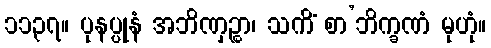
၁၁၃၇။ ပုနပ္ပုနံ အဘိဏှဉ္စာ၊ သကိံ စာ’ဘိက္ခဏံ မုဟုံ။